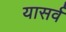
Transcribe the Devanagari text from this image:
यासर्व